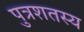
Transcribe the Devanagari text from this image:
पुत्रशतस्य